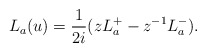
\begin{align*} L_a(u)={1 \over 2i}(z L_a^+ - z^{-1} L_a^{-}).\end{align*}